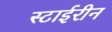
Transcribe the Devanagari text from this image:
स्टाईरीन